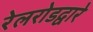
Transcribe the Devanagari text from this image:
रेलरोडद्वारे